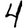
Digit: 4